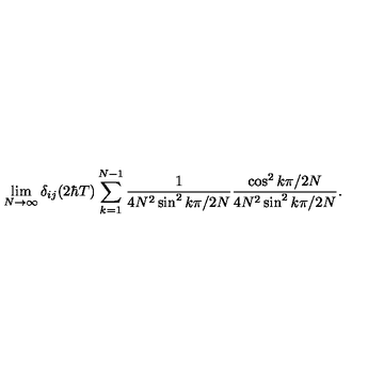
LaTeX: \lim _ { N \rightarrow \infty } \delta _ { i j } ( 2 \hbar T ) \sum _ { k = 1 } ^ { N - 1 } \frac { 1 } { 4 N ^ { 2 } \sin ^ { 2 } k \pi / 2 N } \frac { \cos ^ { 2 } k \pi / 2 N } { 4 N ^ { 2 } \sin ^ { 2 } k \pi / 2 N } .